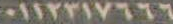
٠١١٢٢١٧٦٦٦